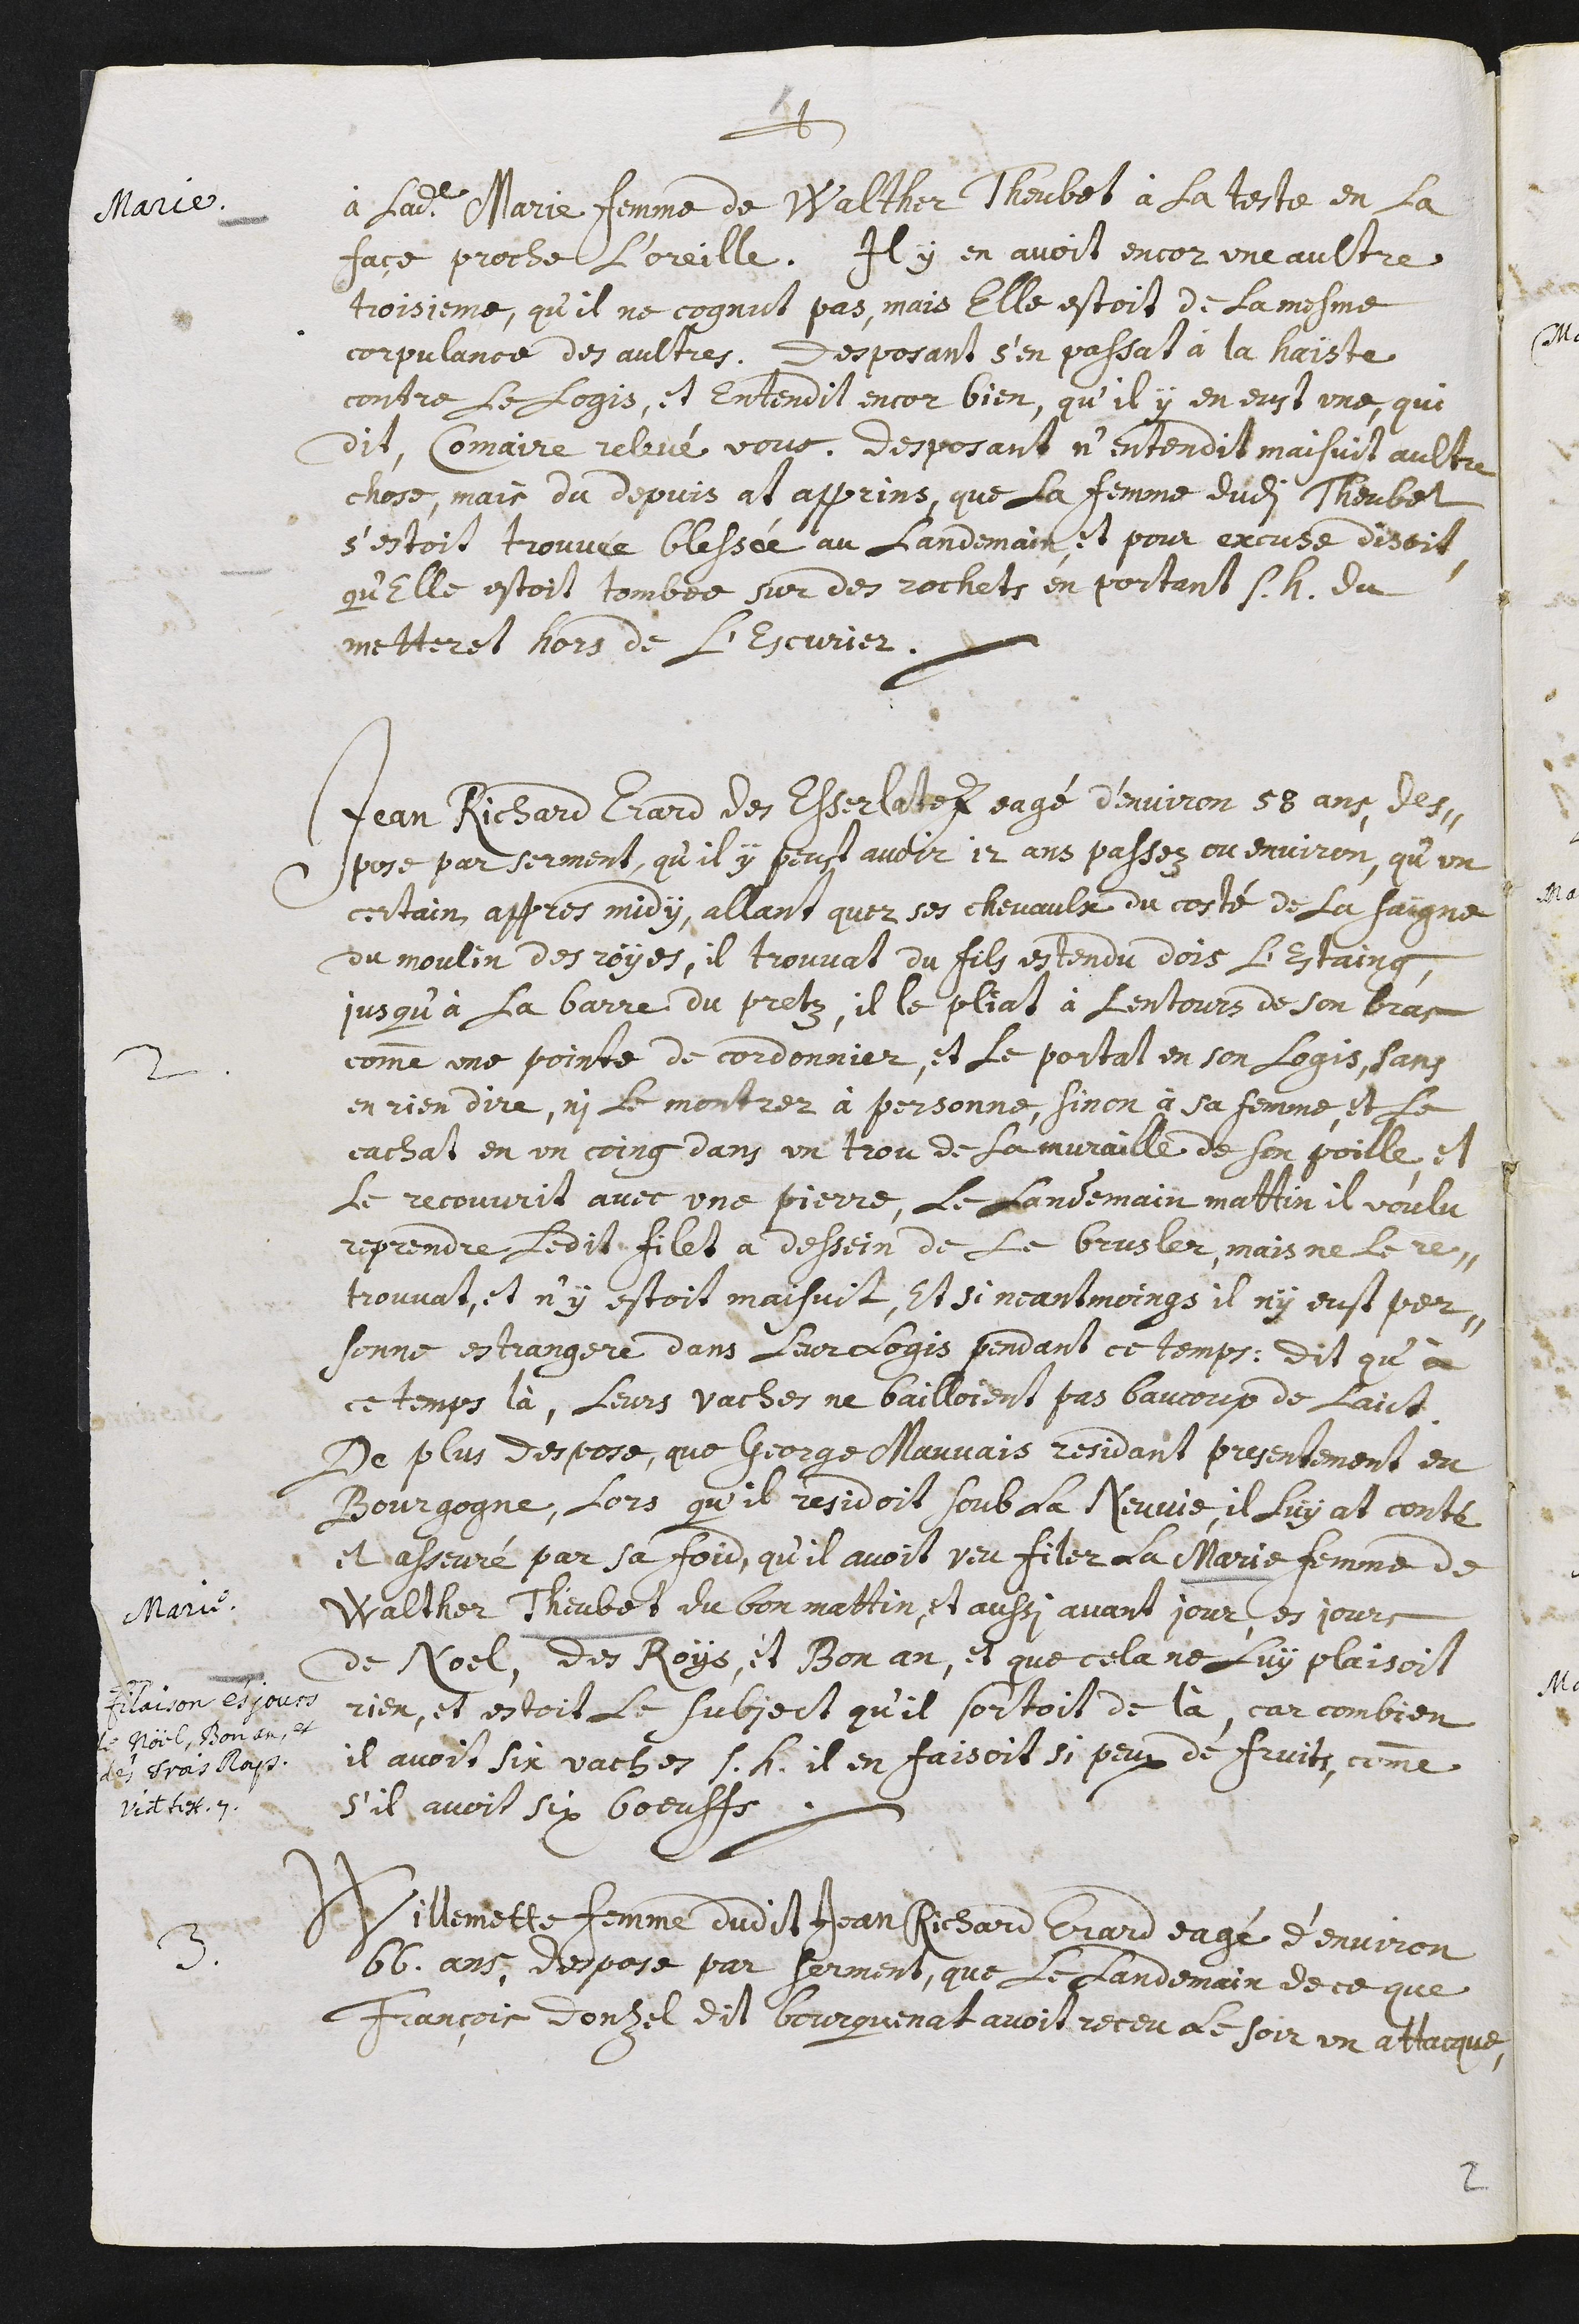
Marie
+
à ladite Marie femme de Walther Theubet à la teste en la
façe proche l’oreille. Il y en avoit encor une aultre
troisieme, qu’il ne cognut pas, mais elle estoit de la mesme
corpulance des aultres. Desposant s’en passat à la haiste
contre le logis, et entendit encor bien, qu’il y en eust une, qui
dit, comaire relevé vous. Desposant n’entendit maisuit aultre
chose, mais du depuis at apprins, que la femme dudit Theubet
s’estoit trouvée blessée au landemain, et pour excuse disoit
qu’elle estoit tombée sur des rochets en portant s.h. du
metteret hors de l’escurier.
2. Jean Richard Erard des Esserlatez eagé d’environ 58 ans, des-
pose par serment, qu’il y peust avoir 12 ans passez ou environ, qu’un
certain appres midy, allant quer ses chevaulx du costé de la Saigne
du moulin des royes, il trouvat du fils estendu dois l’estaing,
jusqu’à la barre du pretz, il le pliat à l’entours de son bras
comme une pointe de cordonnier, et le portat en son logis, sans
en rien dire, ni le montrer à personne, sinon à sa femme, et le
cachat en un coing dans un trou de la muraille de son poille, et
le recouvrit avec une pierre. Le landemain mattin il voulu
reprendre ledit filet a dessein de le brusler, mais ne le re-
trouvat, et n’y estoit maisuit, et si neantmoings il n’y eust per-
sonne estrangere dans leur logis pendant ce temps : dit qu’à
ce temps là, leurs vaches ne bailloient pas beaucoup de laict.
De plus despose, que George Mauvais residant presentement en
Bourgogne, lors qu’il residoit soub la Neuvie, il luy at conté
et asseuré par sa foid, qu’il avoit veu filer la Marie femme de
Walther Theubet du bon mattin, et aussi avant jour, es jours
de Noel, des Roys, et Bon an, et que cela ne luy plaisoit
rien, et estoit le subject qu’il sortoit de là, car combien
il avoit six vaches s.h. il en faisoit si peux de fruits, comme
s’il avoit six boeuffs.
Marie
filaison ès jours
de Noël, Bon an, et
des Trois Roys
videte testimonium 7.
3. Willemette femme dudit Jean Richard Erard eagé d’environ
66 ans, despose par serment, que le landemain de ce que
François Donzel, dit Bourquenat avoit receu le soir un attacque,